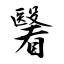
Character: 瞖